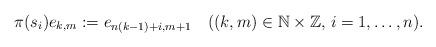
LaTeX: \begin{align*}\pi(s_i)e_{k,m}:=e_{n(k-1)+i,m+1}\quad((k,m)\in {\Bbb N}\times {\Bbb Z},\,i=1,\ldots,n).\end{align*}